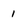
Character: 1